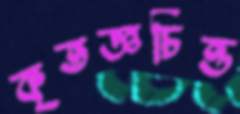
কৃতজ্ঞচিত্ত